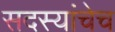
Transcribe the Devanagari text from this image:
सदस्यांचेच